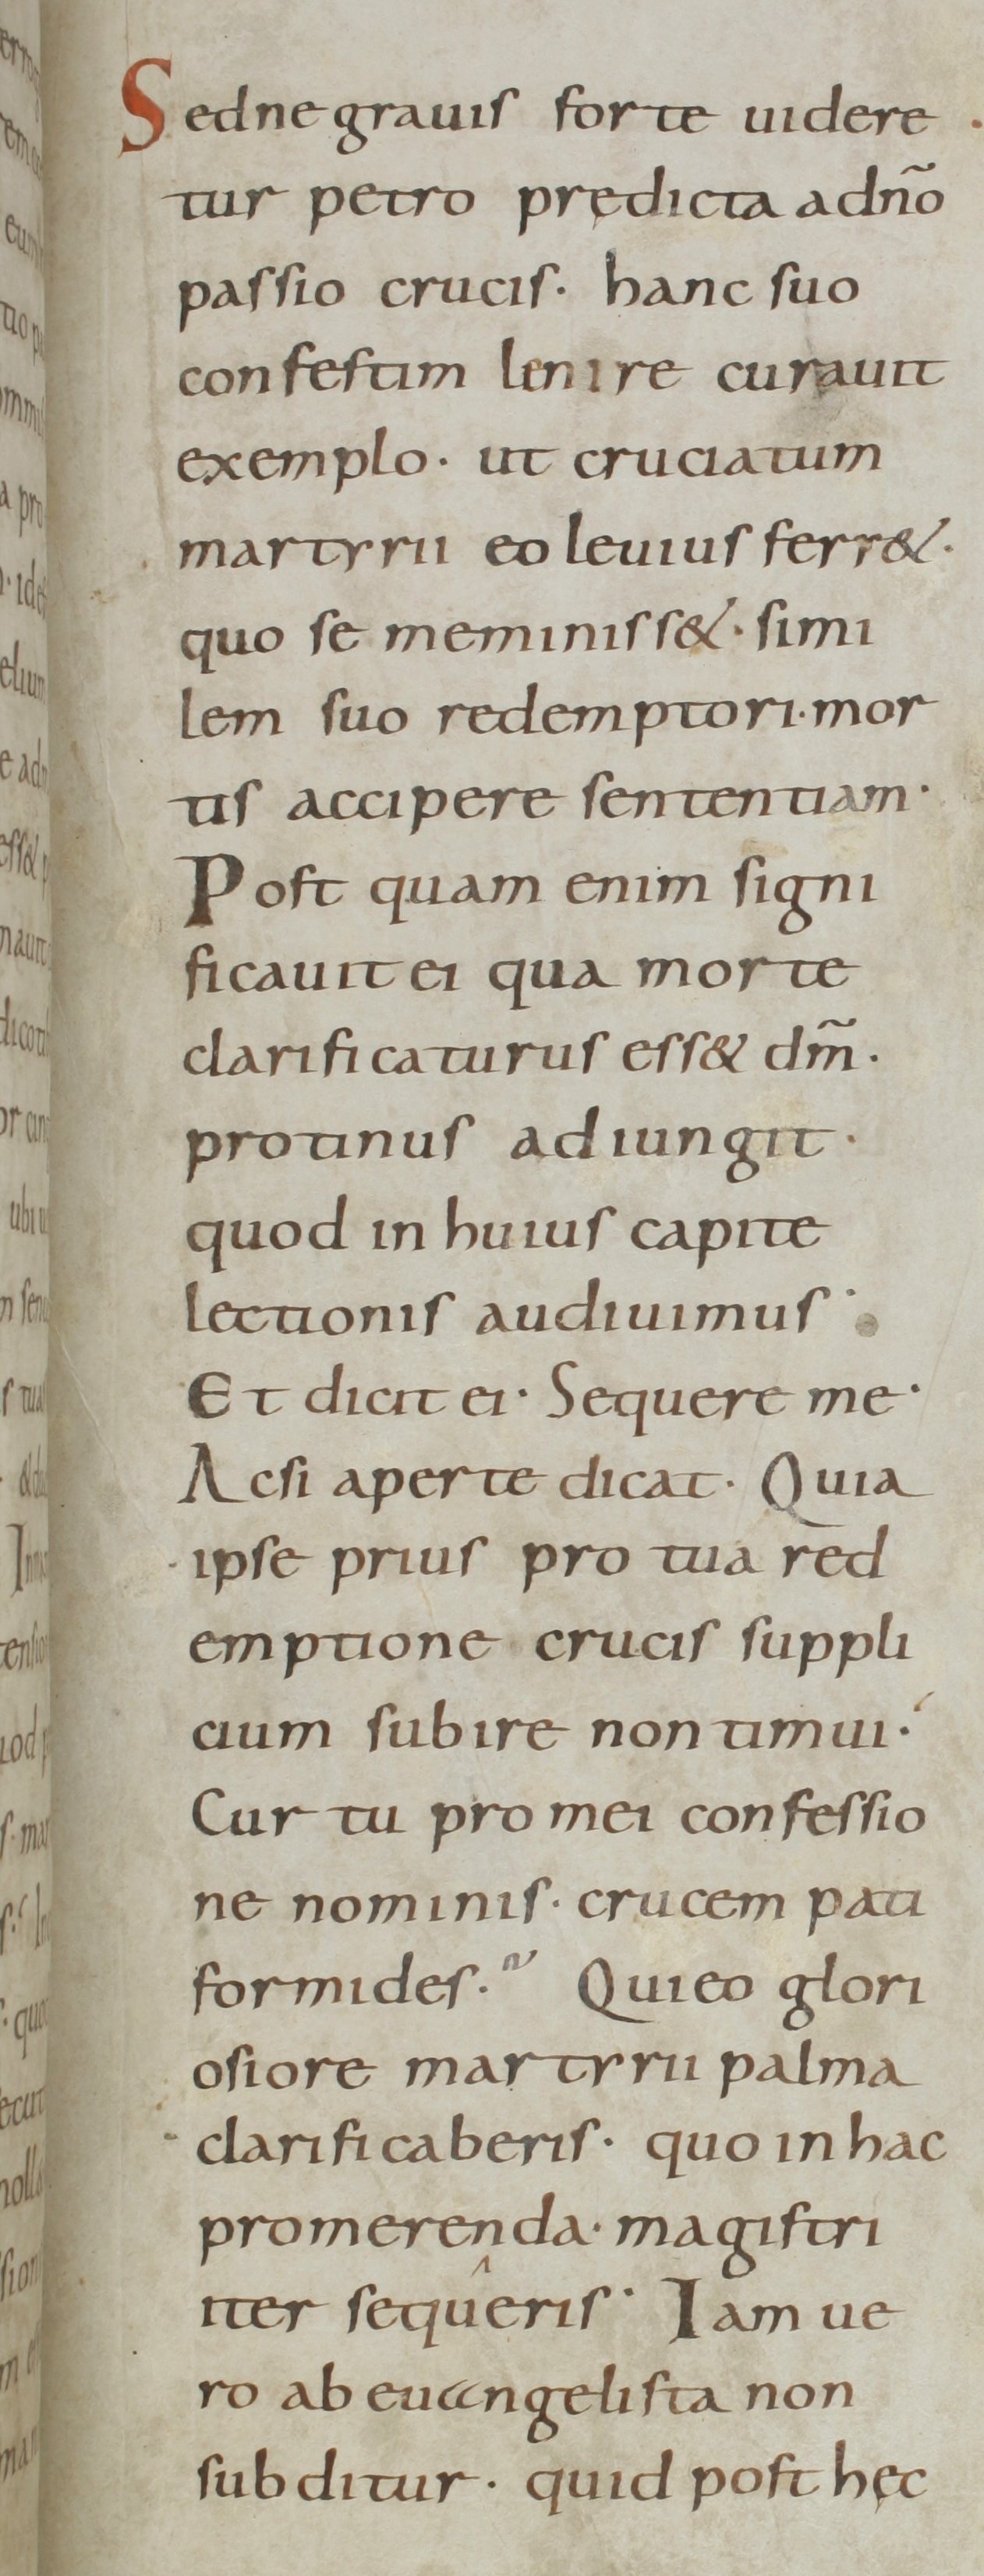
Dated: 800–899